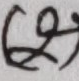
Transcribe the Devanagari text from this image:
८१)